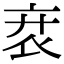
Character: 𧘙